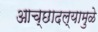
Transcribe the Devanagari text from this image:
आच्छादल्यामुळे